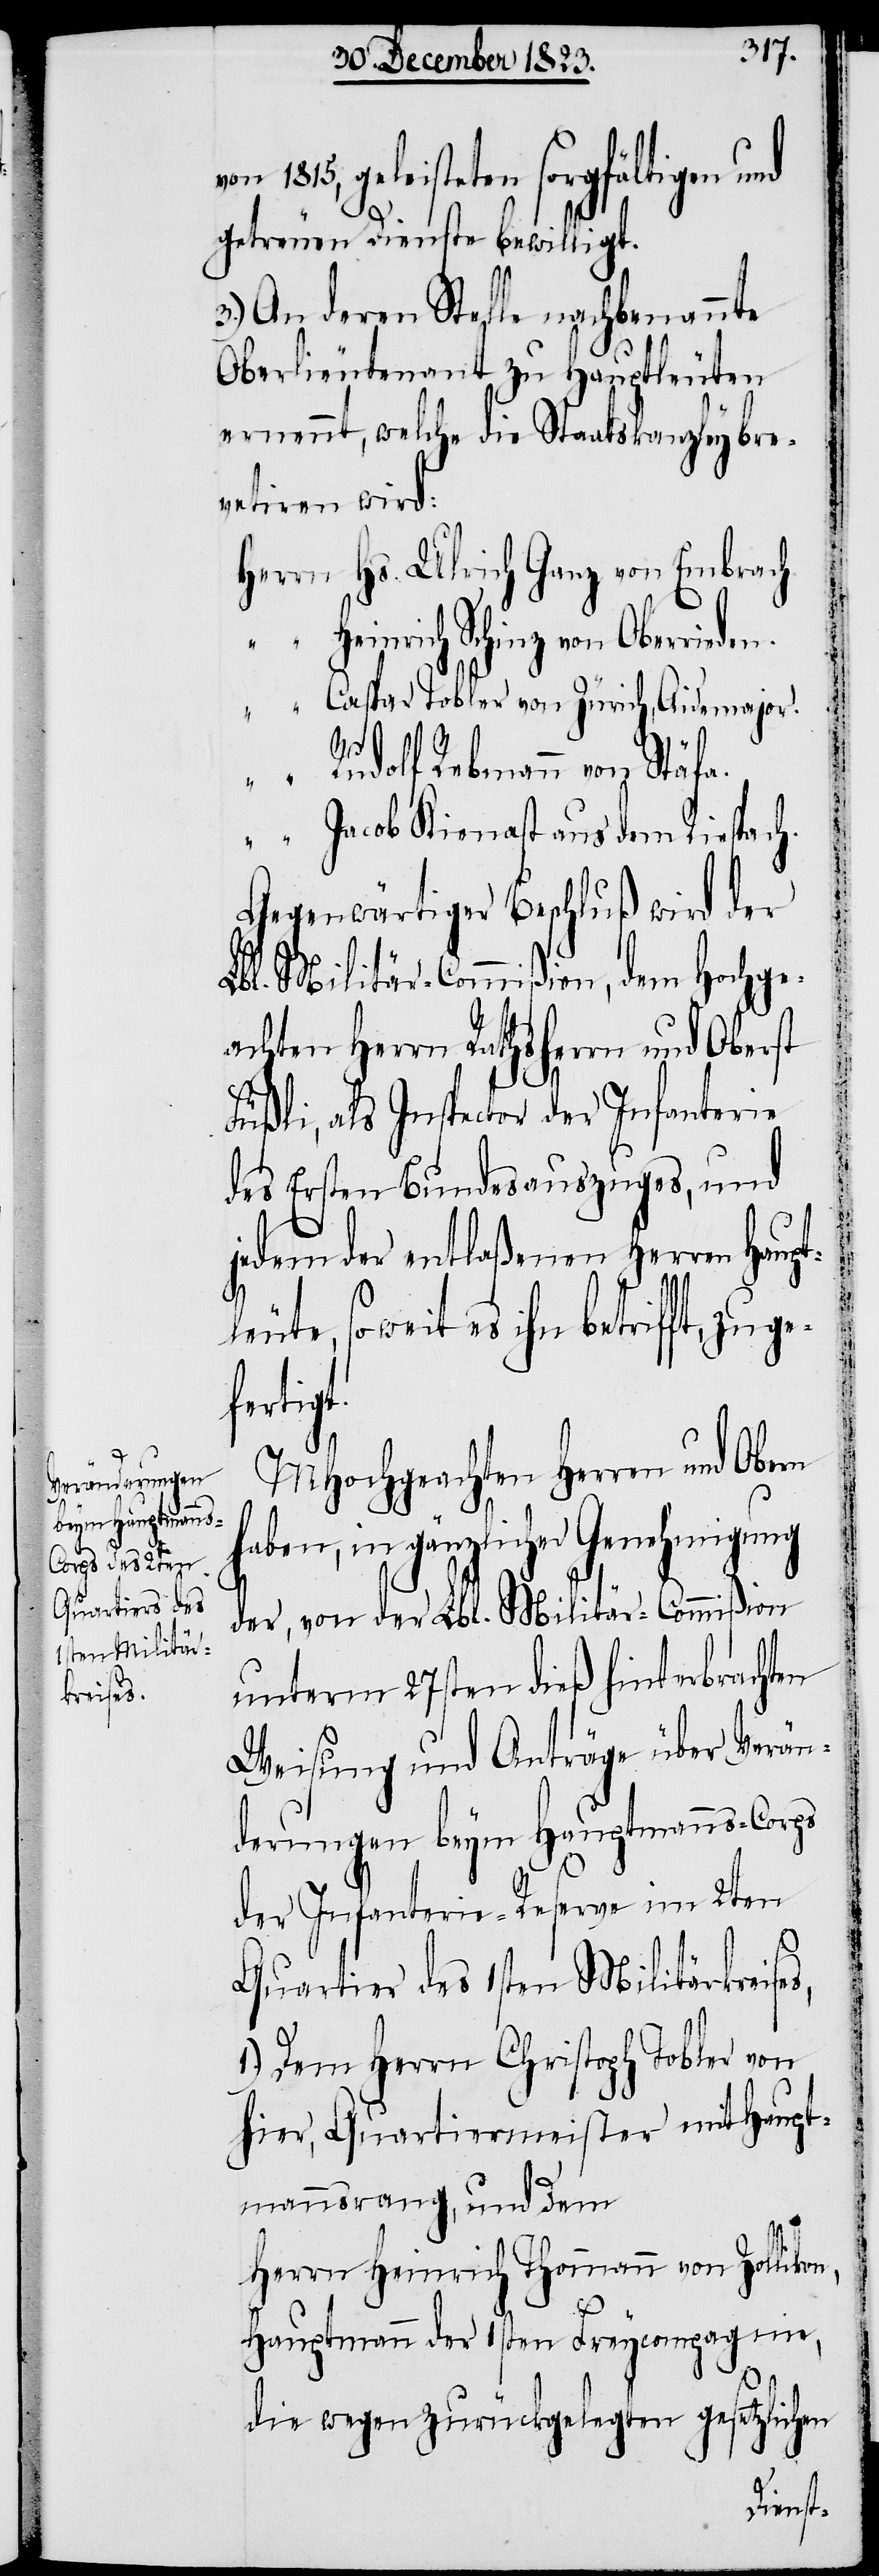
n,
Quartier des
1sten Militär¬
kreises,

1815, geleisteten sorgfältigen und
getreuen Dienste bewilligt.
3.) An deren Stelle nachbenannte
Oberlieutenant zu Hauptleuten
ernennt, welche die Staatskanzley
vetiren wird:
Hs. Ulrich Ganz von Embrach.
Heinrich Schinz von Oberrieden.
Caspar Tobler von Zürich, Aidemajor.
bre¬
Rudolf Rebmann von Stäfa.
Jacob Kienast aus dem Riespach.
Gegenwärtiger Beschluß wird der
Lbl. Militär-Commißion, dem Hochge¬
achten Herrn Rathsherrn und Oberst
Füßli, als Inspector der Infanterie
des Ersten Bundesauszuges, und
jedem der entlaßenen Herren Haup¬
leute, soweit es ihn betrifft, zuge¬
fertig¬
MHochgeachten Herren und Obern
haben, in gänzlicher Genehmigung
der, von der Lbl. Militär-Commißion
unterm 27sten dieß hinterbrachten
Weisung und Anträge über Verän¬
derungen beym Hauptmanns-Corps
der Infanterie-Reserve im 2ten
1.) Dem Herrn Christoph Tobler von
hier, Quartiermeister mit Haupt¬
mannsrang, und dem
Herrn Heinrich Thommann von Zolliko¬
Hauptmann der 1sten Freycompagnie,
zlichen
die wegen zurückgelegten ge¬
set¬